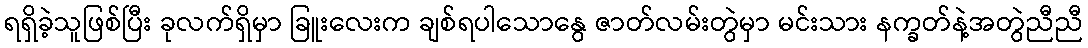
ရရှိခဲ့သူဖြစ်ပြီး ခုလက်ရှိမှာ ခြူးလေးက ချစ်ရပါသောနွေ ဇာတ်လမ်းတွဲမှာ မင်းသား နက္ခတ်နဲ့အတွဲညီညီ